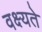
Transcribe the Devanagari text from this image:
वक्ष्यते